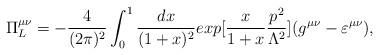
LaTeX: \begin{align*}\Pi^{\mu\nu}_L=-\frac{4}{(2\pi)^2}\int_0^1\frac{dx}{(1+x)^2}exp[\frac{x}{1+x}\frac{p^2}{\Lambda^2}](g^{\mu\nu}-\varepsilon^{\mu\nu}),\end{align*}